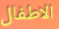
الاطفال